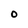
Character: 0